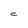
Character: C